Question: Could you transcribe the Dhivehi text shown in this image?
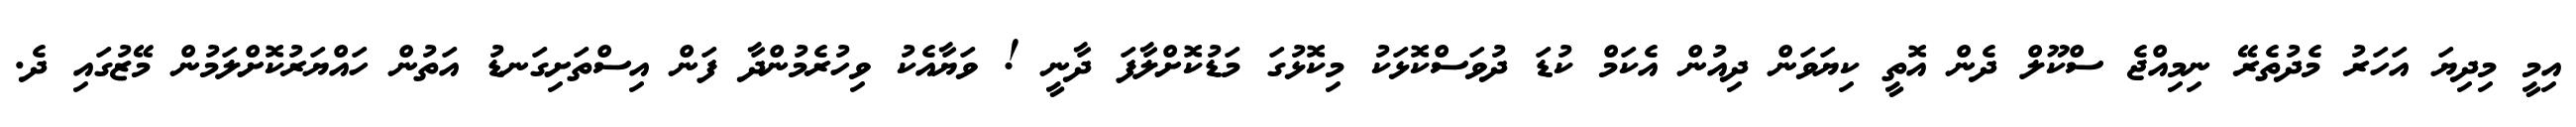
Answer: އިމީ މިދިޔަ އަހަރު މެދުތެރޭ ނިމިއްޖެ ސްކޫލް ދެން އޮތީ ކިޔަވަން ދިއުން އެކަމް ކުޑަ ދުވަސްކޮޅަކު މިކޮޅުގަ މަޑުކޮށްލާފަ ދާނީ ! ވަޔާއެކު ވިހުރެމުންދާ ފަން އިސްތަށިގަނޑު އަތުން ހައްޔަރުކޮށްލަމުން މޭޒުގައި ދެ.